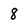
Character: 8